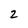
Character: 2